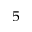
^ 5